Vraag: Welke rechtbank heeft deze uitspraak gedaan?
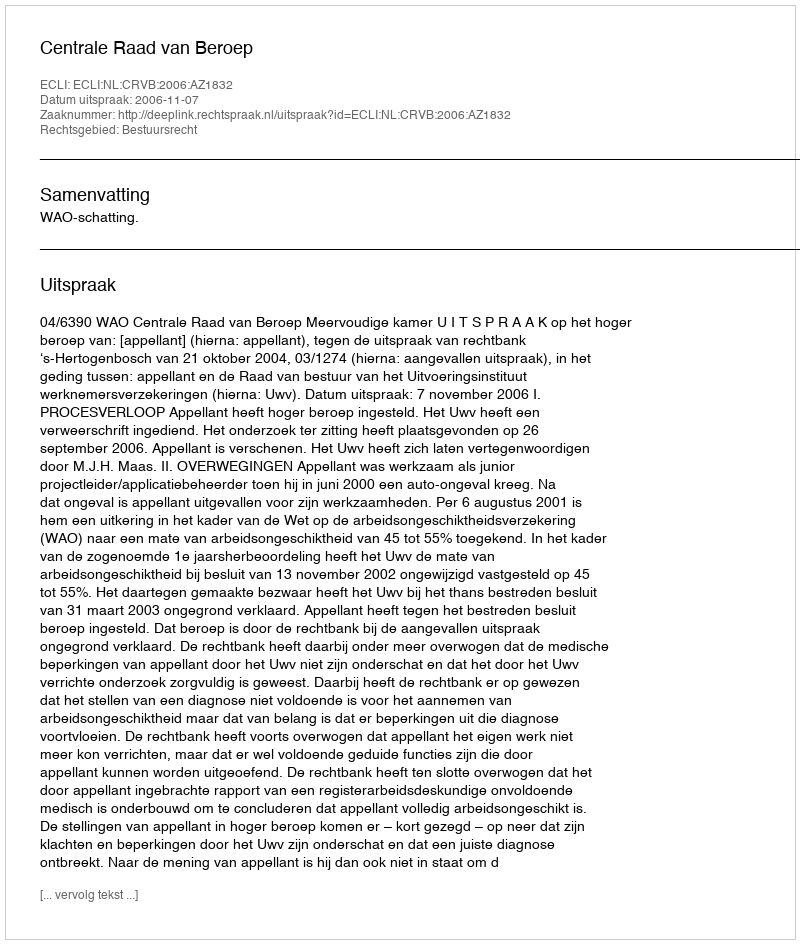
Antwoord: Centrale Raad van Beroep